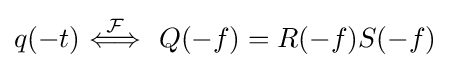
q(-t)\ {\stackrel {\mathcal {F}}{\Longleftrightarrow }}\ \ Q(-f)=R(-f)S(-f)